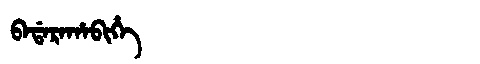
Manchu: ᠪᠠᡩᠠᡵᠠᡥᠠᠪᡳᡥᡝ
Romanization: BADARAHABIHE